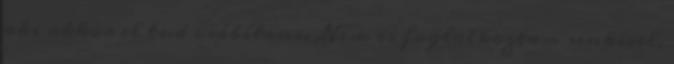
aki akkor el tud csábítani. Nem is foglalkoztam senkivel,